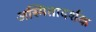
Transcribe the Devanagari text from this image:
अस्मितादर्शक